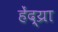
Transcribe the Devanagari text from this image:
हेंद्य्रा